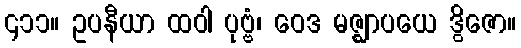
၄၁၁။ ဥပနီယာ ထဝါ ပုဗ္ဗံ၊ ဝေဒ မဇ္ဈာပယေ ဒွိဇော။